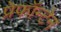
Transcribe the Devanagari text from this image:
प्रेफॉन्टेन